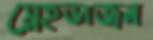
স্নেহভাজন